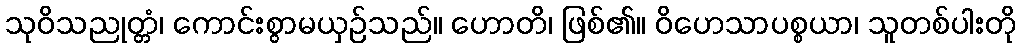
သုဝိသညုတ္တံ၊ ကောင်းစွာမယှဉ်သည်။ ဟောတိ၊ ဖြစ်၏။ ဝိဟေသာပစ္စယာ၊ သူတစ်ပါးတို